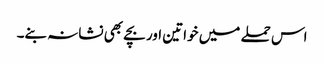
اس حملے میں خواتین اور بچے بھی نشانہ بنے۔